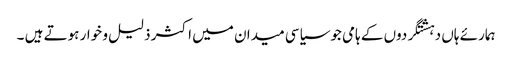
ہمارئے ہاں دہشتگردوں کے ہامی جوسیاسی میدان میں اکثر ذلیل و خوار ہوتے ہیں ۔